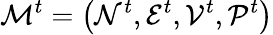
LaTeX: \mathcal{M}^{t}=\big(\mathcal{N}^{t},\mathcal{E}^{t},\mathcal{V}^{t},\mathcal{P}^{t}\big)